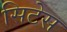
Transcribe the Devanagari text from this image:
सिटेस